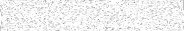
٣٥